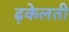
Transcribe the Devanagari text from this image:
ढ़केलती